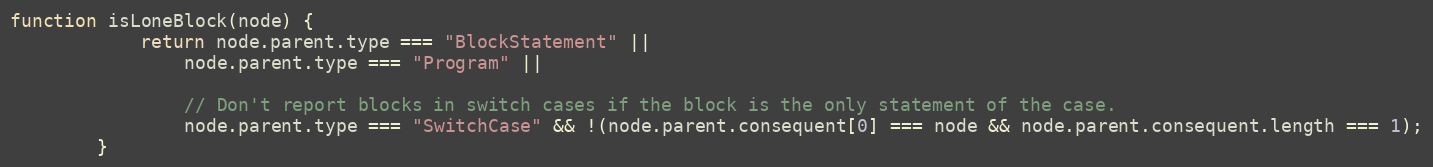
Language: JavaScript
function isLoneBlock(node) {
            return node.parent.type === "BlockStatement" ||
                node.parent.type === "Program" ||

                // Don't report blocks in switch cases if the block is the only statement of the case.
                node.parent.type === "SwitchCase" && !(node.parent.consequent[0] === node && node.parent.consequent.length === 1);
        }